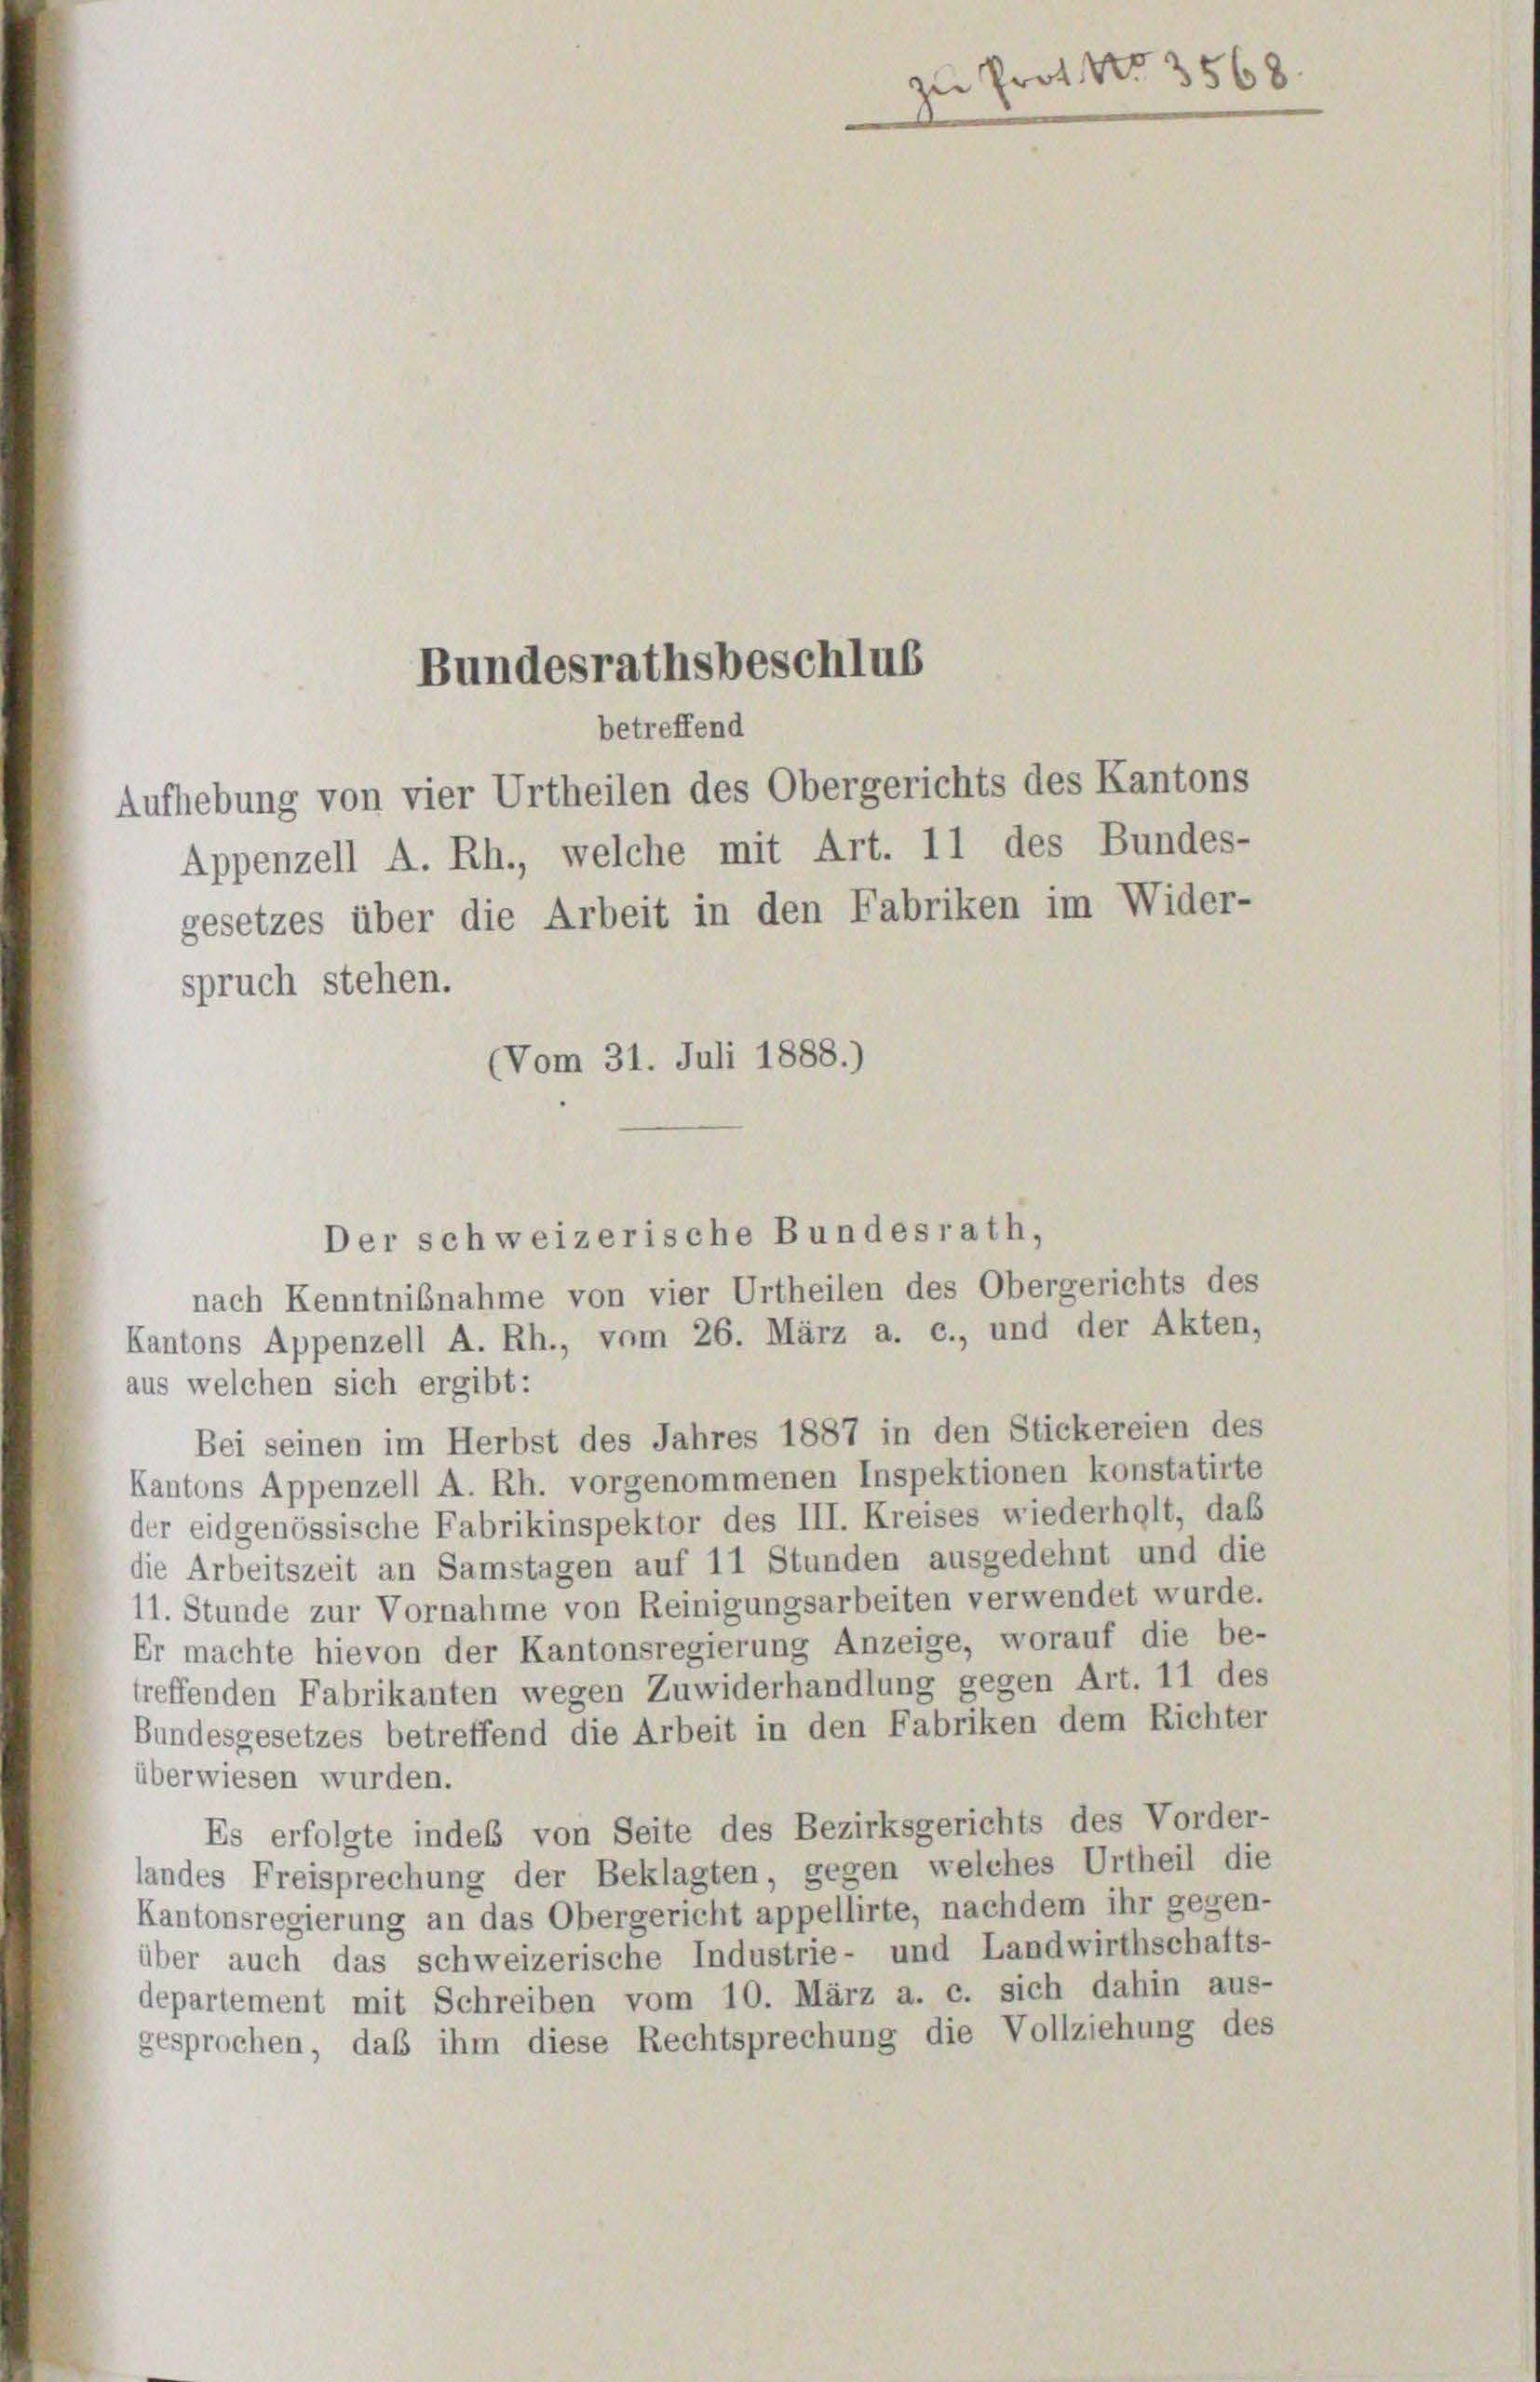
Bundesrathsbeschlus
betreffend
Aufhebung von vier Urtheilen des Obergerichts des Kantons
Appenzell A. Rh., welche mit Art. 11 des Bundes-
gesetzes über die Arbeit in den Fabriken im Wider-
spruch stehen.
(Vom 31. Juli 1888.)

Der schweizerische Bundesrath,
nach Kenntnisnahme von vier Urtheilen des Obergerichts des
Kantons Appenzell A. Rh., vom 26. März a. c., und der Akten,
aus welchen sich ergibt:
Bei seinen im Herbst des Jahres 1887 in den Stickereien des
Kantons Appenzell A. Rh. vorgenommenen Inspektionen konstatirte
der eidgenössische Fabrikinspektor des III. Kreises wiederholt, das
die Arbeitszeit an Samstagen auf 11 Stunden ausgedehnt und die
11. Stunde zur Vornahme von Reinigungsarbeiten verwendet wurde.
Er machte hievon der Kantonsregierung Anzeige, worauf die be-
treffenden Fabrikanten wegen Zuwiderhandlung gegen Art. 11 des
Bundesgesetzes betreffend die Arbeit in den Fabriken dem Richter
überwiesen wurden.
Es erfolgte indes von Seite des Bezirksgerichts des Vorder-
landes Freisprechung der Beklagten, gegen welches Urtheil die
Kantonsregierung an das Obergericht appellirte, nachdem ihr gegen-
über auch das schweizerische Industrie- und Landwirthschafts-
departement mit Schreiben vom 10. März a. c. sich dahin aus-
gesprochen, daß ihm diese Rechtsprechung die Vollziehung des

zu Prot. No. 3568.